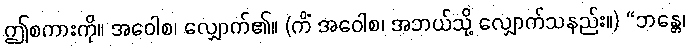
ဤစကားကို။ အဝေါစ၊ လျှောက်၏။ (ကိံ အဝေါစ၊ အဘယ်သို့ လျှောက်သနည်း။) “ဘန္တေ၊